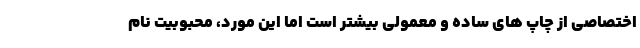
اختصاصی از چاپ های ساده و معمولی بیشتر است اما این مورد، محبوبیت نام